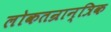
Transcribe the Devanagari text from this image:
लोकतन्रान्त्रिक